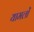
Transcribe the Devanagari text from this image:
यामलों